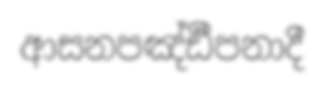
ආසනපඤ්ඪීපනාදී